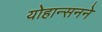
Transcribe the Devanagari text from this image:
योहान्सनने